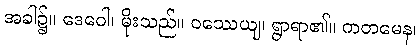
အခါ၌။ ဒေဝေါ၊ မိုးသည်။ ဝဿေယျ၊ ရွာရာ၏။ ကတမေန၊